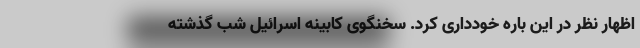
اظهار نظر در این باره خودداری کرد. سخنگوی کابینه اسرائیل شب گذشته